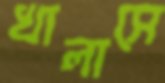
খালাসে